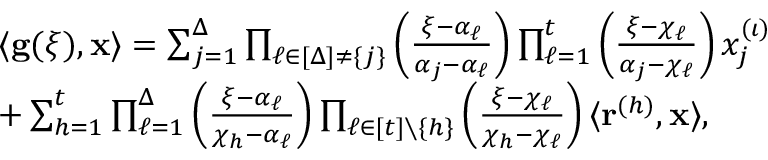
\begin{array} { r l } & { \langle \mathbf { g } ( \xi ) , \mathbf { x } \rangle = \sum _ { j = 1 } ^ { \Delta } \prod _ { \ell \in [ \Delta ] \ne \{ j \} } \left( \frac { \xi - \alpha _ { \ell } } { \alpha _ { j } - \alpha _ { \ell } } \right) \prod _ { \ell = 1 } ^ { t } \left( \frac { \xi - \chi _ { \ell } } { \alpha _ { j } - \chi _ { \ell } } \right) x _ { j } ^ { ( \iota ) } } \\ & { + \sum _ { h = 1 } ^ { t } \prod _ { \ell = 1 } ^ { \Delta } \left( \frac { \xi - \alpha _ { \ell } } { \chi _ { h } - \alpha _ { \ell } } \right) \prod _ { \ell \in [ t ] \setminus \{ h \} } \left( \frac { \xi - \chi _ { \ell } } { \chi _ { h } - \chi _ { \ell } } \right) \langle \mathbf { r } ^ { ( h ) } , \mathbf { x } \rangle , } \end{array}